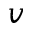
v